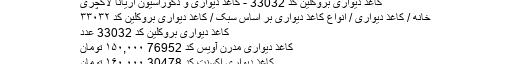
کاغذ دیواری بروکلین کد 33032 - کاغذ دیواری و دکوراسیون آریانا لاکچری
خانه / کاغذ دیواری / انواع کاغذ دیواری بر اساس سبک / کاغذ دیواری بروکلین کد ۳۳۰۳۲
کاغذ دیواری بروکلین کد 33032 عدد
کاغذ دیواری مدرن آویس کد 76952 ۱۵۰,۰۰۰ تومان
کاغذ دیواری اکسنت کد 30478 ۱۶۰,۰۰۰ تومان